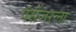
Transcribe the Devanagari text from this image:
पॅसेंजरला